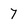
Character: 7